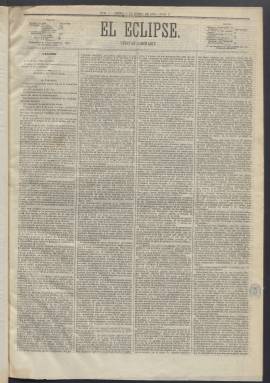
Título: El Eclipse (Madrid. 1874)
Colección: Periódicos
Ámbito geográfico: Madrid
Lugar de publicación: Madrid
Fechas: 08/01/1874-06/03/1874